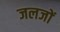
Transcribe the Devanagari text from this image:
जलजों